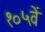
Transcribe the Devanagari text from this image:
१०५वें